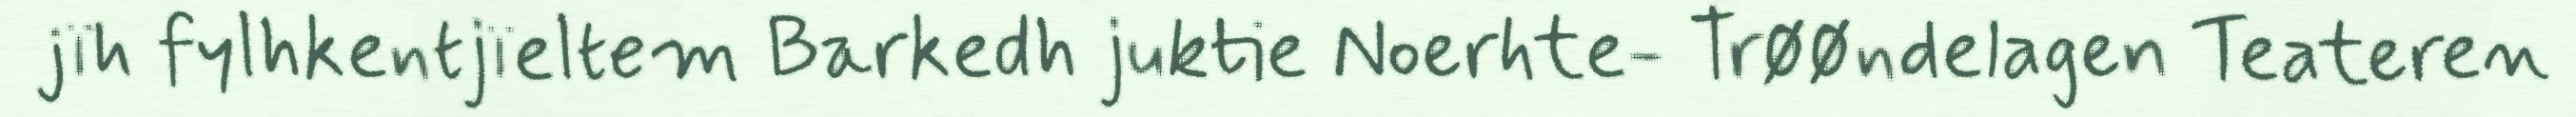
jïh fylhkentjïeltem Barkedh juktie Noerhte- Trøøndelagen Teateren